Report on the bubonic plague in Bombay, 1896-1897
Year: 1896
Disease focus: Plague
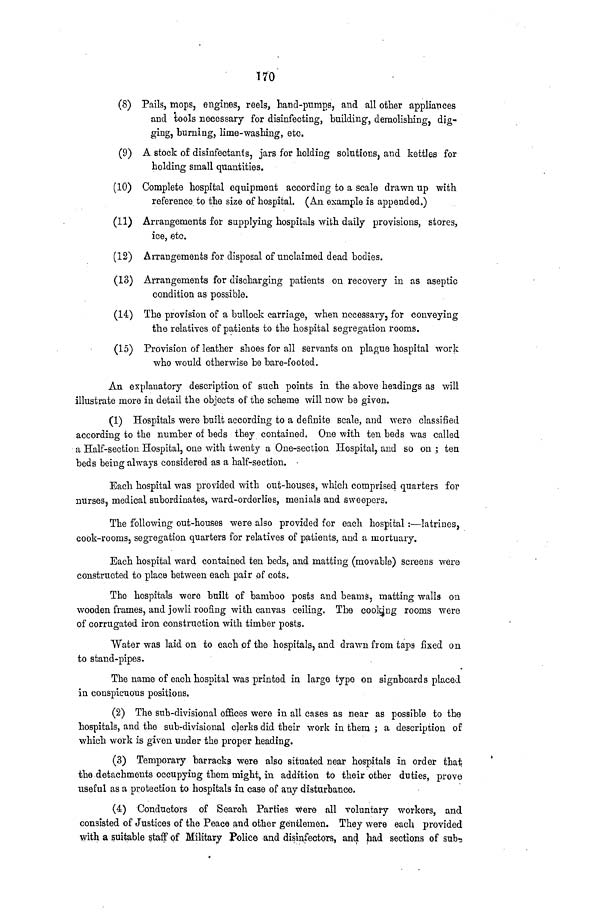
170
(8) Pails, mops, engines, reels, hand-pumps, and all other appliances
and tools necessary for disinfecting, building, demolishing, dig-
ging, burning, lime-washing, etc.
(9) A stock of disinfectants, jars for holdiog solutions, and kettles for
holding small quantities.
(10) Complete hospital equipment according to a scale drawn up with
reference to the size of hospital. (An example is appended.)
(11) Arrangements for supplying hospitals with daily provisions, stores,
ice, etc.
(12) Arrangements for disposal of unclaimed dead bodies.
(13) Arrangements for discharging patients on recovery in as aseptic
condition as possible.
(14) The provision of a bullock carriage, when necessary, for conveying
the relatives of patients to the hospital segregation rooms.
(15) Provision of leather shoes for all servants on plague hospital work
who would otherwise be bare-footed.
An explanatory description of such points in the above headings as will
illustrate more in detail the objects of the scheme will now be given.
(1) Hospitals were built according to a definite scale, and were classified
according to the number of beds they contained. One with ten beds was called
a Half-section Hospital, one with twenty a One-section Hospital, and so on ι ten
beds being always considered as a half-section. ·
Each hospital was provided with out-houses, which comprised quarters for
nurses, medical subordinates, ward-orderlies, menials and sweepers.
The following out-houses were also provided for each hospital :—latrines,
cook-rooms, segregation quarters for relatives of patients, and a mortuary.
Each hospital ward contained ten beds, and matting (movable) screens were
constructed to place between each pair of cots.
The hospitals were built of bamboo posts and beams, matting walls on
wooden frames, and jowli roofing with canvas ceiling. The cooking rooms were
of corrugated iron construction with timber posts.
Water was laid on to each of the hospitals, and drawn from taps fixed on
to stand-pipes.
The name of each hospital was printed in large type on signboards placed
in conspicuous positions.
(2) The sub-divisional offices were in all cases as near as possible to the
hospitals, and the subrdivisional clerks did their work in them ; a description of
which work is given under the proper heading.
(3) Temporary barracks were also situated near hospitals in order that
the detachments occupying them might, in addition to their other duties, prove
useful as a protection to hospitals in case of any disturbance.
(4) Conductors of Searoh Parties were all voluntary workers, and
consisted of Justices of the Peace and other gentlemen. They were each provided
with a suitable staff of Military Police and disinfectors, and had sections of sub-3